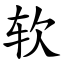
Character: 软